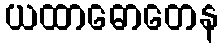
ယထာဓောတေန